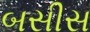
બસીસ